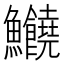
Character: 𩽸